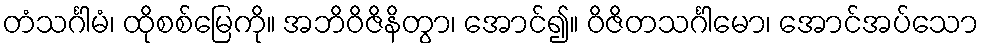
တံသင်္ဂါမံ၊ ထိုစစ်မြေကို။ အဘိဝိဇိနိတွာ၊ အောင်၍။ ဝိဇိတသင်္ဂါမော၊ အောင်အပ်သော